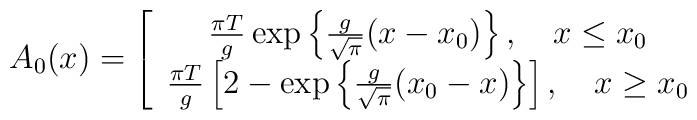
A_0(x) = \left[ \begin{array}{c} \frac {\pi T}g \exp\left\{\frac g{\sqrt{\pi}}(x - x_0) \right\}, \ \ \ x \leq x_0 \\\frac {\pi T}g \left[ 2- \exp\left\{\frac g{\sqrt{\pi}}(x_0 - x) \right\}\right], \ \ \ x \geq x_0\end{array}\right.